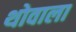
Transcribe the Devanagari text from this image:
थोवाला